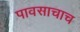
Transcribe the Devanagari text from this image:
पावसाचाच